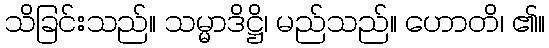
သိခြင်းသည်။ သမ္မာဒိဋ္ဌိ၊ မည်သည်။ ဟောတိ၊ ၏။